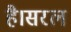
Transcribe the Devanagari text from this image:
है।सरल